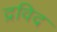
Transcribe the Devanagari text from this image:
द्रविद